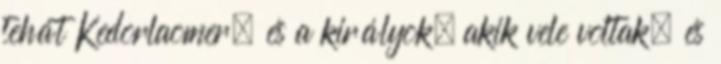
tehát Kedorlaomer, és a királyok, akik vele voltak, és